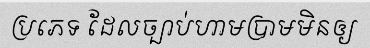
ប្រភេទ ដែលច្បាប់ហាមប្រាមមិនឲ្យ